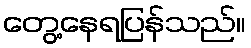
တွေ့နေရပြန်သည်။